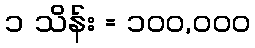
၁ သိန်း = ၁၀၀,၀၀၀